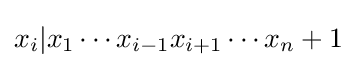
{\textstyle x_{i}|x_{1}\cdots x_{i-1}x_{i+1}\cdots x_{n}+1}